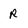
Character: R